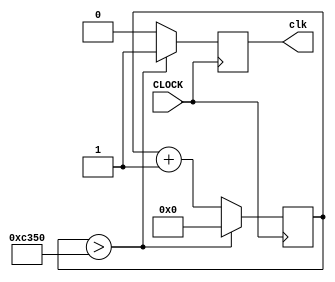
module clock_div(CLOCK, clk);
	input  CLOCK;
	output clk;
	
	reg [16:0] count;
	reg clk;
	
	initial count = 0;
	
	always @ (posedge CLOCK) begin
			count <= count + 1;
			clk <= 0;
			if (count > 50000) begin
				count <= 0;
				clk <= 1;
			end
	end
endmodule